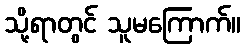
သို့ရာတွင် သူမကြောက်။